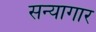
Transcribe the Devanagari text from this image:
सन्यागार